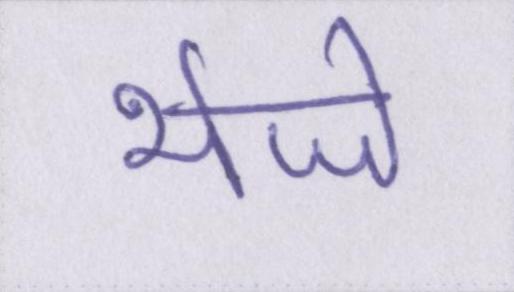
भेजे